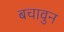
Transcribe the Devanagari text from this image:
बचावुन